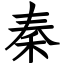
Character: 秦